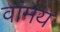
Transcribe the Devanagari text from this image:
वांमय